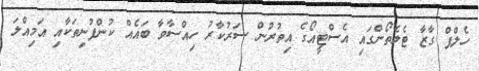
ހެލްޕް ގާޒާ ޓެލެތޯންގައި އެސްޓީއޯގެ އިތުރުން ސަރުކާރު ހިއްސާވާ ބައެއް ކުންފުނިތަކާއި އަމިއްލަ